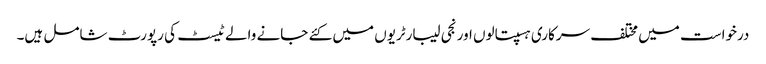
درخواست میں مختلف سرکاری ہسپتالوں اور نجی لیبارٹریوں میں کئے جانے والے ٹیسٹ کی رپورٹ شامل ہیں۔